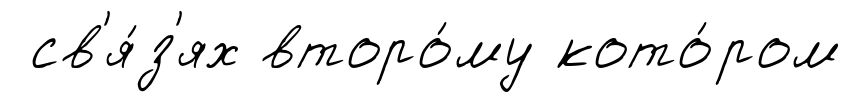
св'я́з'ях второ́му кото́ром